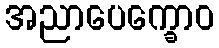
အညာပေက္ခောဝ